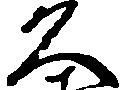
久